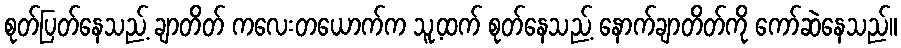
စုတ်ပြတ်နေသည့် ချာတိတ် ကလေးတယောက်က သူ့ထက် စုတ်နေသည့် နောက်ချာတိတ်ကို ကော်ဆဲနေသည်။